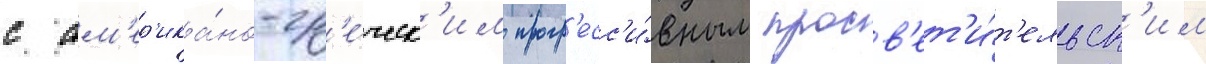
с ам'ер'ика́но-гр'е́ческ'им прогр'есс'и́вным просв'ет'и́т'ельск'им